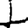
Digit: 1